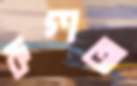
রুগ্ণতা